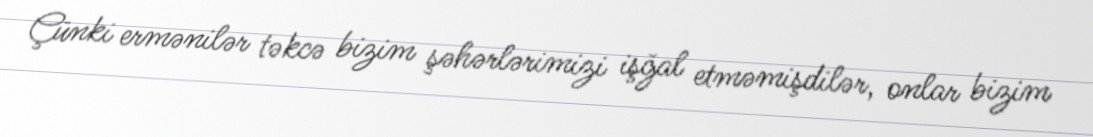
Çünki ermənilər təkcə bizim şəhərlərimizi işğal etməmişdilər, onlar bizim